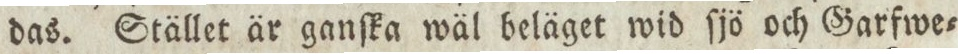
das. Stället är ganſka wäl beläget wid ſjö och Garfwe=